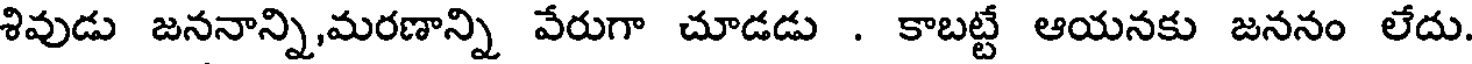
శివుడు జననాన్ని,మరణాన్ని వేరుగా చూడడు . కాబట్టే ఆయనకు జననం లేదు.